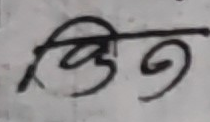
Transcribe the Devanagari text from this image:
चित्त